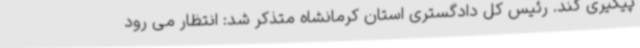
پیگیری کند. رئیس کل دادگستری استان کرمانشاه متذکر شد: انتظار می رود